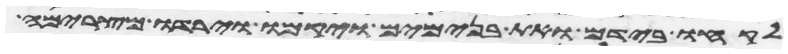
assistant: לקחו בידם ואת בנימים ויקמו וירדו מצרימה